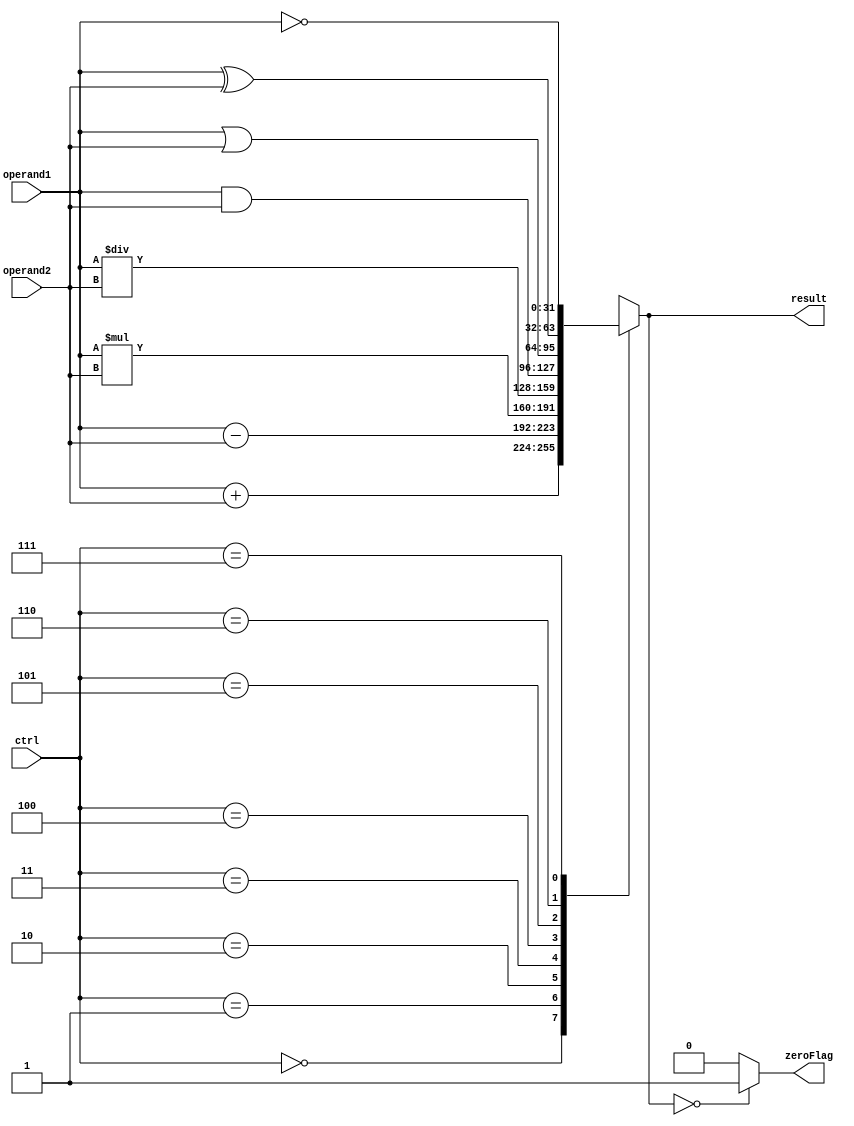
module ALU (
    input [31:0] operand1,
    input [31:0] operand2,
    input [2:0] ctrl,
    output reg [31:0] result,
    output reg zeroFlag
);

reg [5:0] temp;

always @ (*)
begin
    zeroFlag = 1'b0;
    case(ctrl)
        3'b000: result = operand1 + operand2;   // Addition
        3'b001: result = operand1 - operand2;   // Subtraction
        3'b010: result = operand1 * operand2;   // Multiplication
        3'b011: result = operand1 / operand2;   // Division
        3'b100: result = operand1 & operand2;   // AND
        3'b101: result = operand1 | operand2;   // OR
        3'b110: result = operand1 ^ operand2;   // XOR
        3'b111: result = ~operand1;              // NOT
        default: begin
            zeroFlag = 1'b1;
            result = 32'b0;
        end
    endcase

    if(result == 32'b0)
        zeroFlag = 1'b1;
    else
        zeroFlag = 1'b0;
end

endmodule